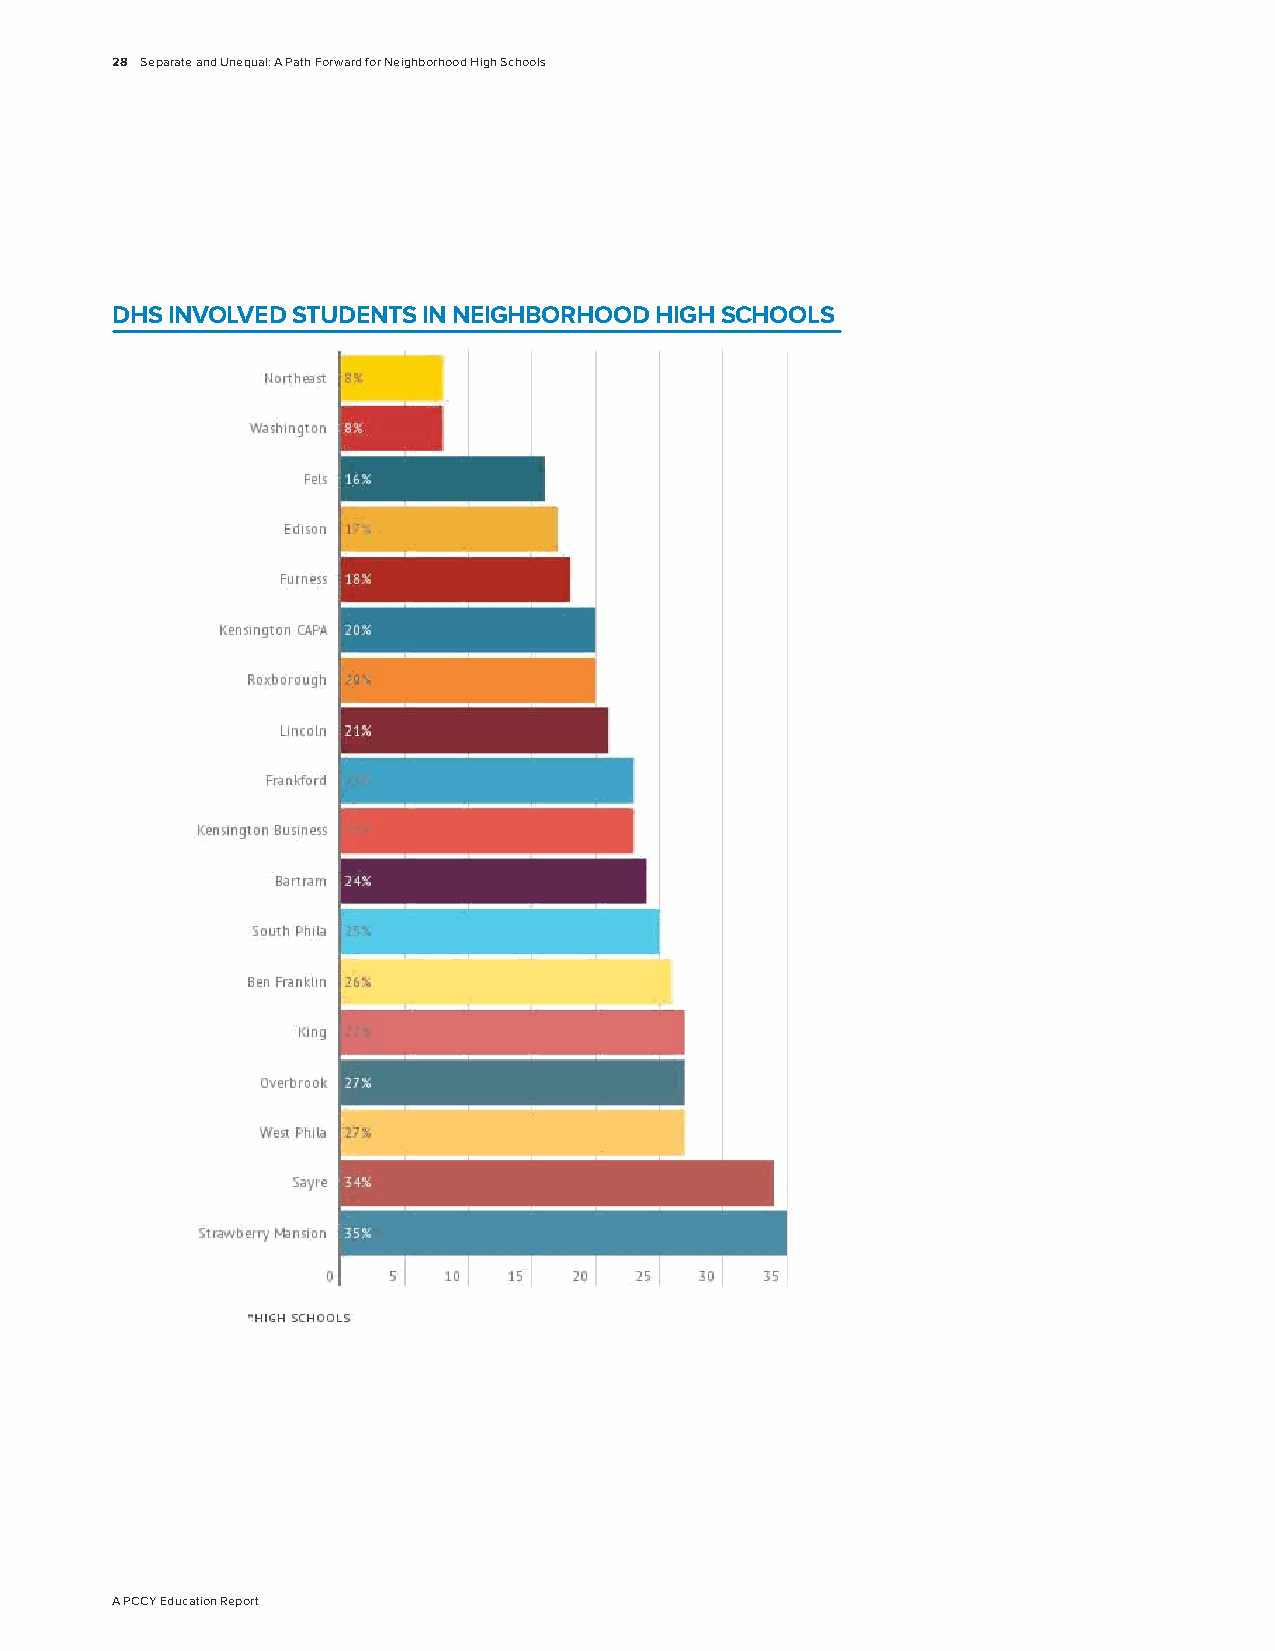
28 Separate and Unequal: A Path Forward for Neighborhood High Schools
 DHS INvOLvED STUDENTS IN NEIGHBORHOOD HIGH SCHOOLS
 A PCCY Education Report